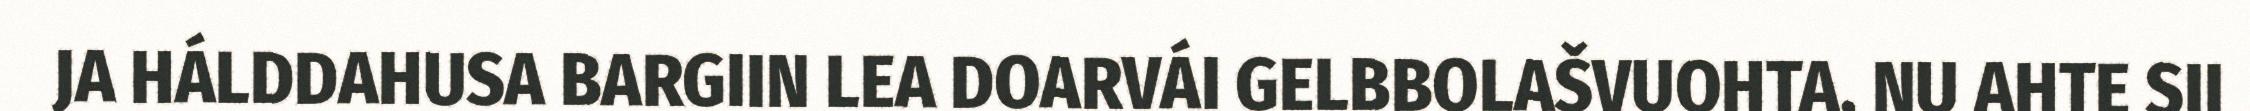
JA HÁLDDAHUSA BARGIIN LEA DOARVÁI GELBBOLAŠVUOHTA, NU AHTE SII